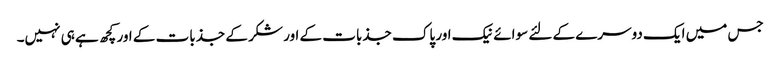
جس میں ایک دوسرے کے لئے سوائے نیک اور پاک جذبات کے اور شکر کے جذبات کے اور کچھ ہے ہی نہیں۔